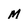
Character: m